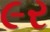
૯ર